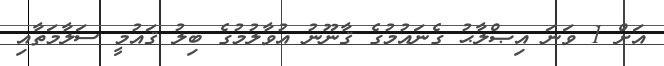
އަށް 1 ވަނަ އިޞްލާޙު ގެނައުމުގެ ޤާނޫނު އުވާލުމުގެ ބިލު ޤައުމީ ސަލާމަތާއި